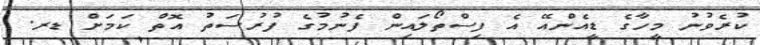
ކުރެވުނު މީހާގެ ޑީއެންއޭ އެ ފިސްތޯލައިން ފެނުމުގެ ފުރުސަތު އޮތް ކަމަށް ޑރ.